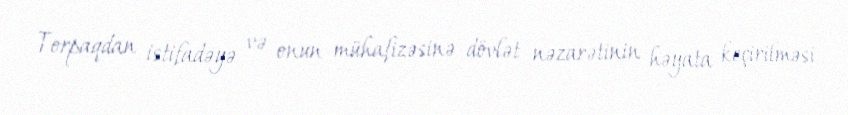
Torpaqdan istifadəyə və onun mühafizəsinə dövlət nəzarətinin həyata keçirilməsi